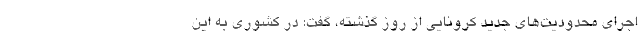
اجرای محدودیت‌های جدید کرونایی از روز گذشته، گفت: در کشوری به این